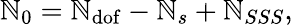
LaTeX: \mathbb{N}_{0}=\mathbb{N}_{\mathrm{{dof}}}-\mathbb{N}_{s}+\mathbb{N}_{SSS},